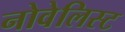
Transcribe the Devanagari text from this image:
नोवेलिस्ट